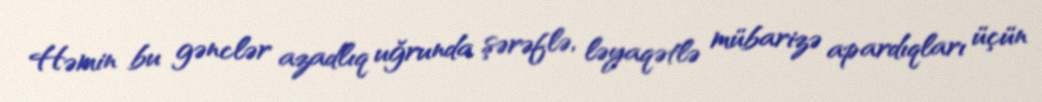
Həmin bu gənclər azadlıq uğrunda şərəflə, ləyaqətlə mübarizə apardıqları üçün